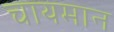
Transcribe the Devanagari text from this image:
चायमान